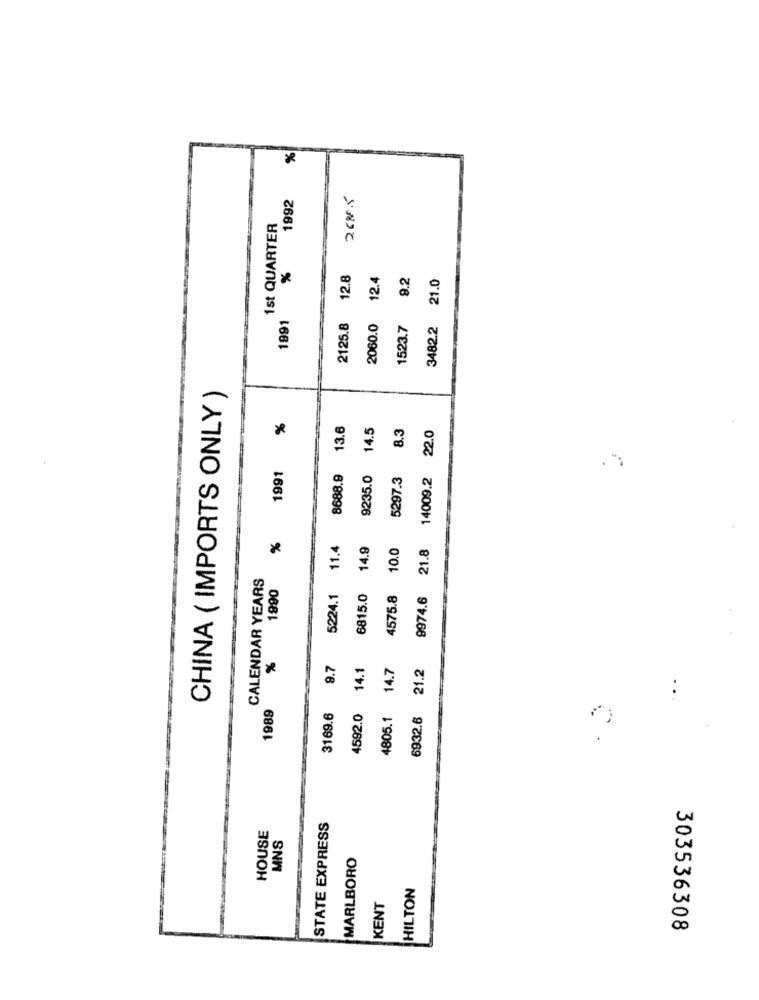
%
1992
2680.5
1st QUARTER
%
12.8
12.4
9.2
21.0
1991
2125.8
2060.0
1523.7
3482.2
CHINA ( IMPORTS ONLY )
%
13.6
14.5
8.3
22.0
1991
8688.9
9235.0
5297.3
14009.2
%
11.4
14.9
10.0
21.8
CALENDAR YEARS
1990
5224.1
6815.0
4575.8
9974.6
9.7
14.1
14.7
21.2
1989
3169.6
4592.0
4805.1
6932.6
STATE EXPRESS
HOUSE
MNS
MARLBORO
HILTON
KENT
303536308